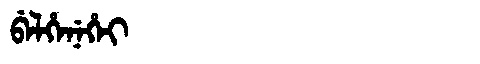
Manchu: ᠪᡝᠯᡥᡝᠨᡝᡥᡝᡳ
Romanization: BELHENEHEI